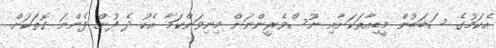
އެކަމުގެ ސަބަބުން މީޑިއާތަކަށާއި ނޫސްވެރީންނަށް މިނިވަންކަމާ އެކު ދެ ފުށް ފެންނަ ގޮތަކަށް